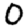
Digit: 0